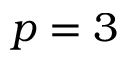
p = 3